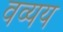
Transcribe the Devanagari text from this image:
वव्यय